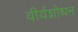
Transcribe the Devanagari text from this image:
वीर्यशोधन